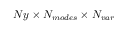
N y \times N _ { m o d e s } \times N _ { v a r }